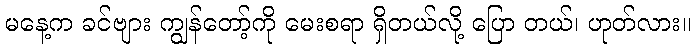
မနေ့က ခင်ဗျား ကျွန်တော့်ကို မေးစရာ ရှိတယ်လို့ ပြော တယ်၊ ဟုတ်လား။